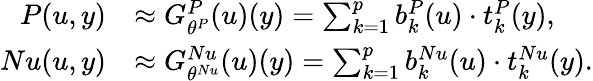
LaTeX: \begin{array}{rl}{P(u,y)}&{\approx G_{\theta^{P}}^{P}(u)(y)=\sum_{k=1}^{p}b_{k}^{P}(u)\cdot t_{k}^{P}(y),}\\ {Nu(u,y)}&{\approx G_{\theta^{Nu}}^{Nu}(u)(y)=\sum_{k=1}^{p}b_{k}^{Nu}(u)\cdot t_{k}^{Nu}(y).}\end{array}